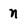
Character: n